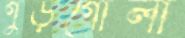
গুড়গোলা